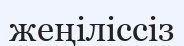
жеңіліссіз